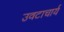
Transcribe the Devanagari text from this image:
उवटाचार्य